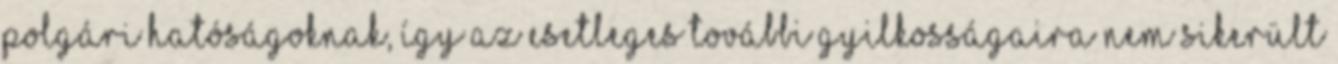
polgári hatóságoknak, így az esetleges további gyilkosságaira nem sikerült